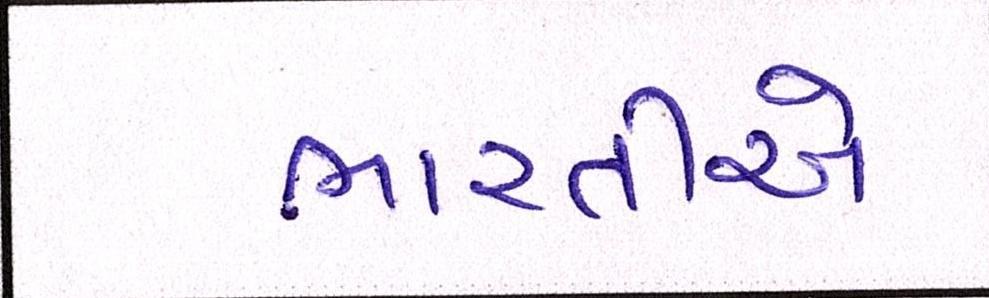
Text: ભારતીએ